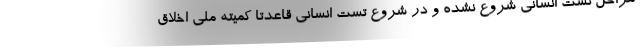
مراحل تست انسانی شروع نشده و در شروع تست انسانی قاعدتا کمیته ملی اخلاق